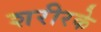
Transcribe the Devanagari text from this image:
शरीरके